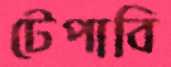
টেপাবি